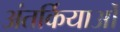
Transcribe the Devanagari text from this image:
अंतर्कियाओं